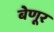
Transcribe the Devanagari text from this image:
बेणूर